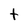
Character: t